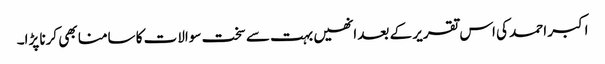
اکبر احمد کی اس تقریر کے بعد انھیں بہت سے سخت سوالات کا سامنا بھی کرنا پڑا۔